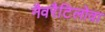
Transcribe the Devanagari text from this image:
नैवरैटिलोवा